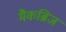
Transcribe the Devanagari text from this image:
मैकब्रिज